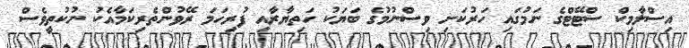
އިސްލާމިކް ސްޓޭޓްގެ ނަމުގައި ހަރުކަށި ވިސްނުމުގެ ބަޔަކު ހަތިޔާރާއި ފުރިހަމަ ރޭވުންތެރިކަމާއެކު ނުކުތީވެސް